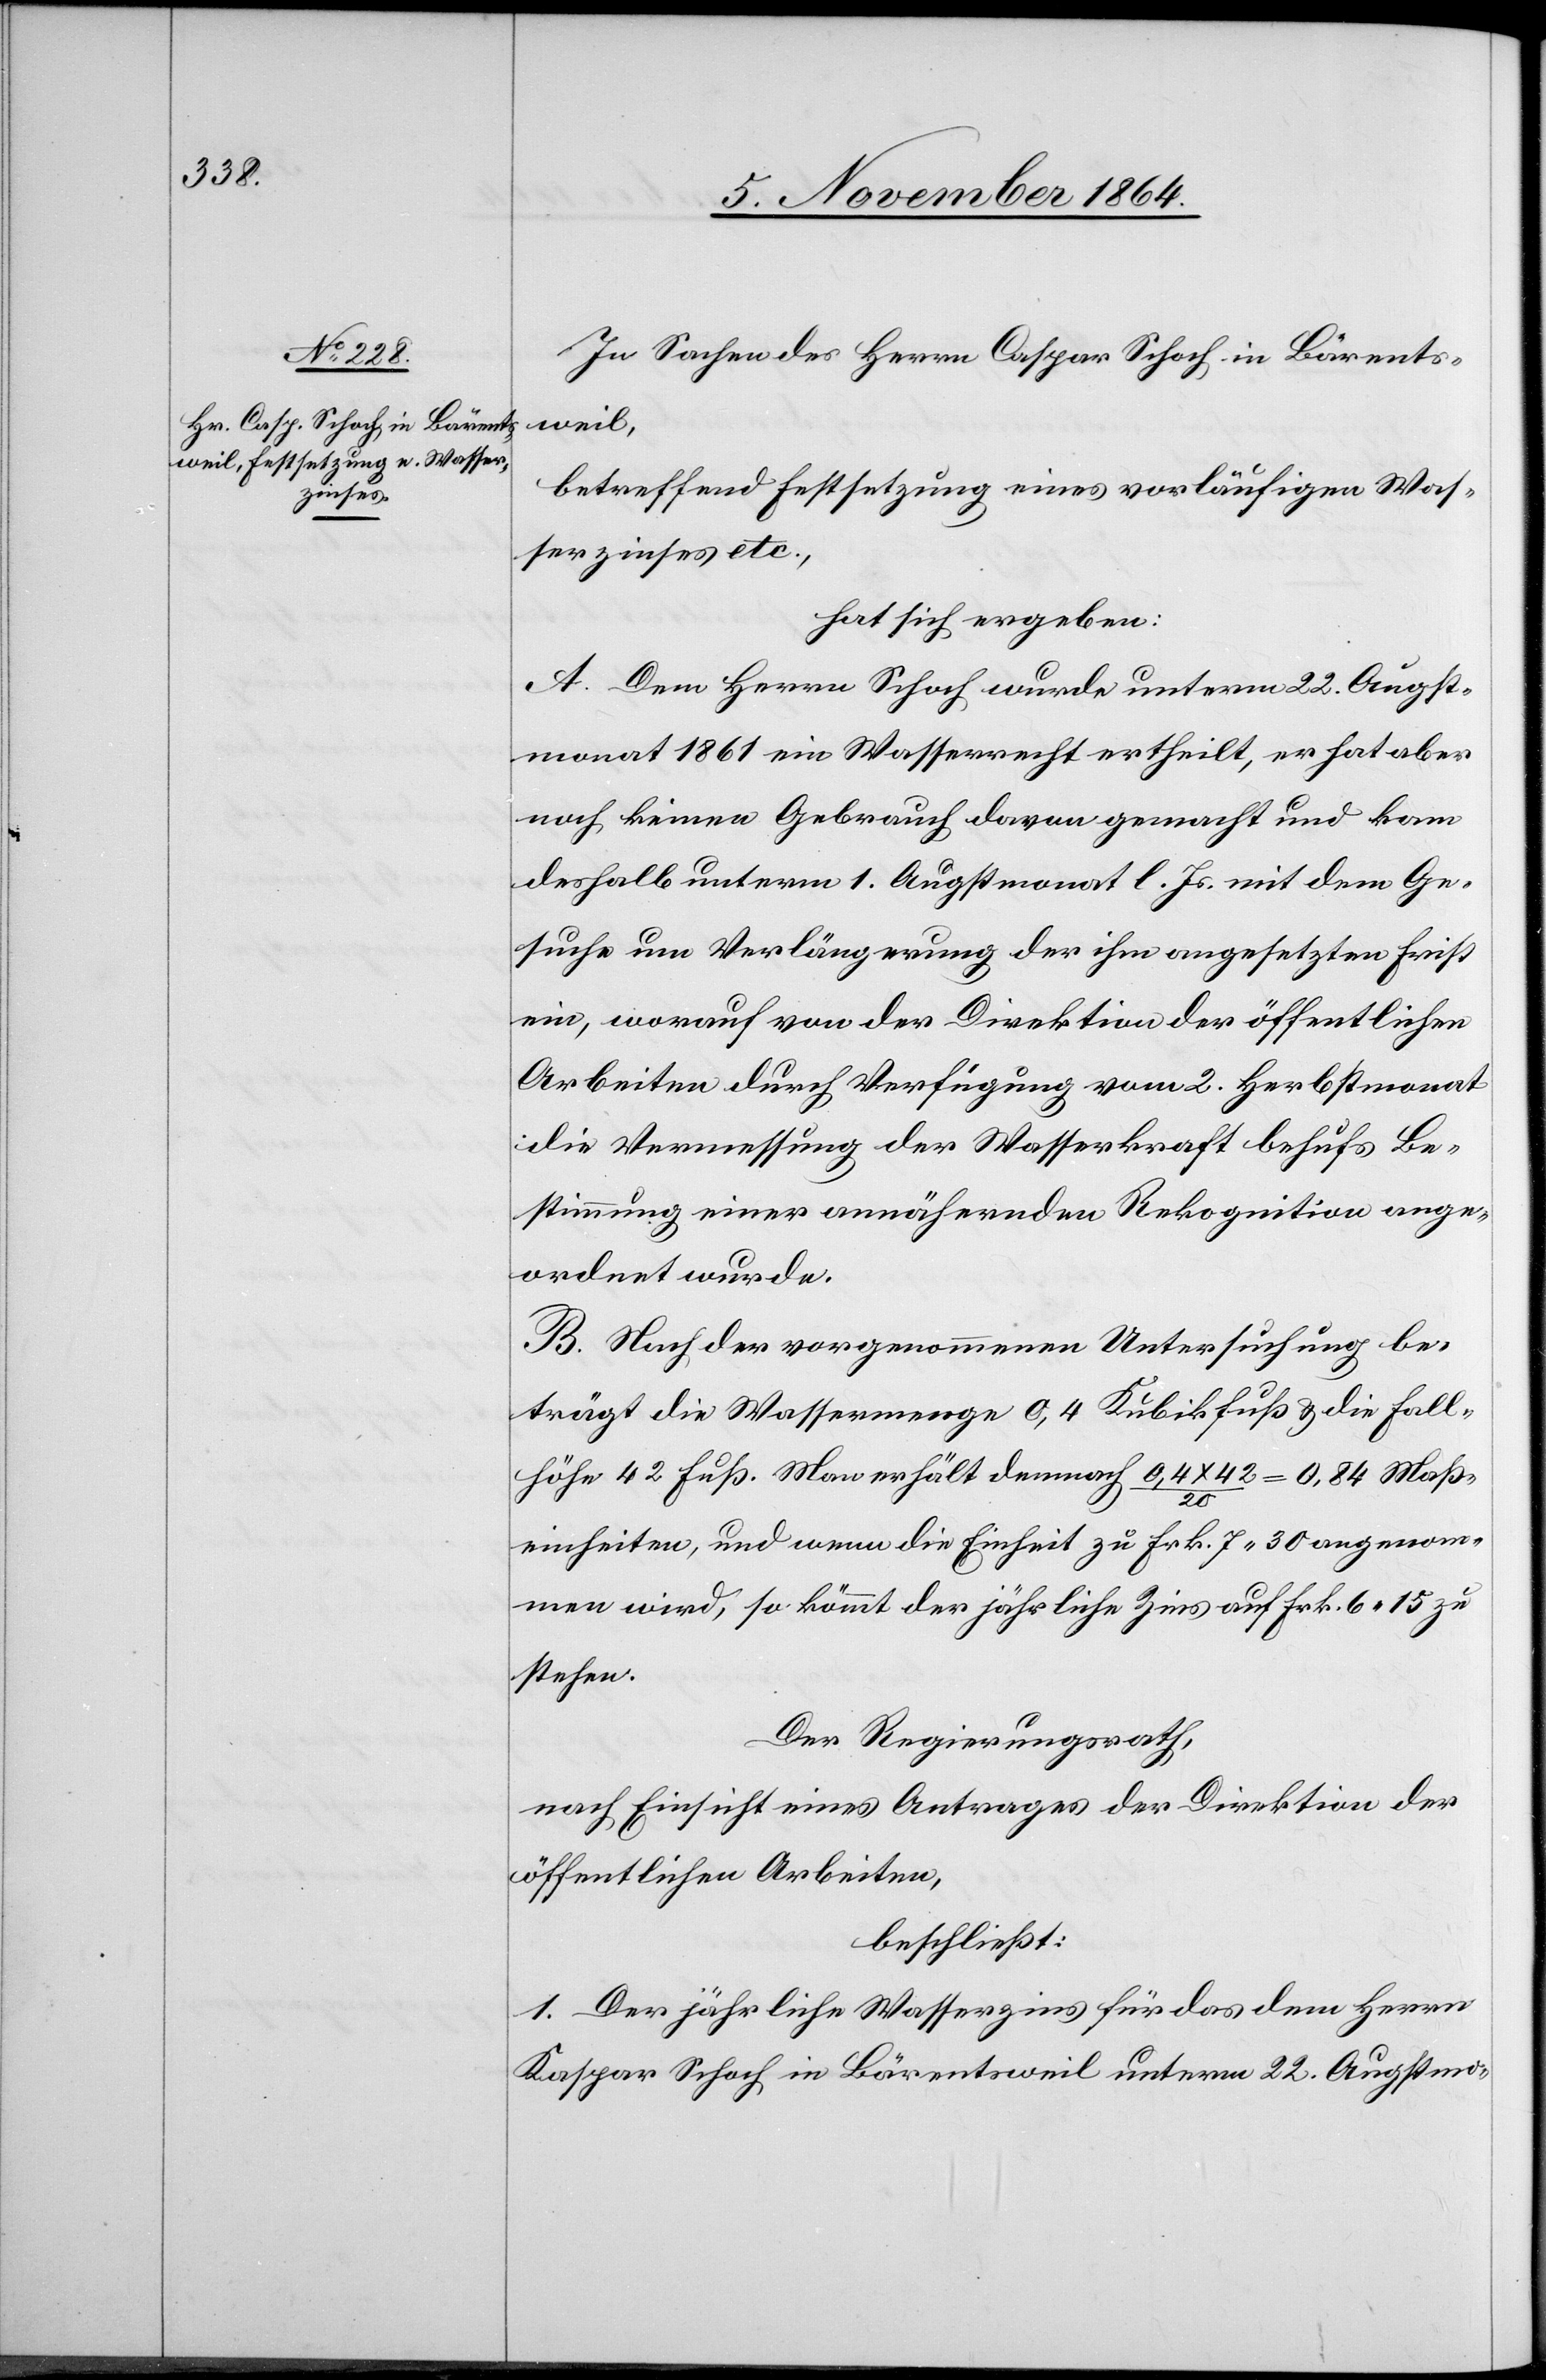
In Sachen des Herrn Caspar Schoch in Bärents¬
weil,
betreffend Festsetzung eines vorläufigen Was¬
serzinses etc.,
hat sich ergeben:
A. Dem Herrn Schoch wurde unterm 22. Augst¬
monat 1861 ein Wasserrecht ertheilt, er hat aber
noch keinen Gebrauch davon gemacht und kam
deshalb unterm 1. Augstmonat l. Js. mit dem Ge¬
suche um Verlängerung der ihm angesetzten Frist
ein, worauf von der Direktion der öffentlichen
Arbeiten durch Verfügung vom 2. Herbstmonat
die Vermessung der Wasserkraft behufs Be¬
stimmung einer annähernden Rekognition ange¬
ordnet wurde.
B. Nach der vorgenommenen Untersuchung be¬
trägt die Wassermenge 0,4 Kubikfuß & die Fall¬
höhe 42 Fuß. Man erhält demnach 0,4 x 42 / 20 = 0,84 Maß¬
einheiten, und wenn die Einheit zu Frk. 7.30 angenom¬
men wird, so kömmt der jährliche Zins auf Frk. 6.15 zu
stehen.
Der Regierungsrath,
nach Einsicht eines Antrages der Direktion der
öffentlichen Arbeiten,
beschließt:
1. Der jährliche Wasserzins für das dem Herrn
[sic!] Schoch in Bärentsweil unterm 22. Augstmo-